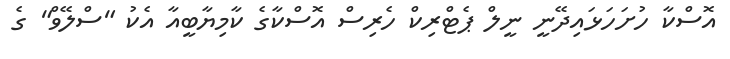
އޮސްކާ ހުށަހަޅައިދޭނީ ނީލް ޕެޓްރިކް ހެރިސް އޮސްކާގެ ކާމިޔާބީއާ އެކު "ސްލޭވް" ގެ